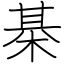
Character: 棊